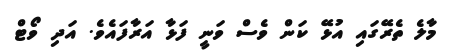
މާލެ ތެރޭގައި އުޅޭ ކަން ވެސް ވަނީ ފަޅާ އަރާފައެވެ. އަދި ވޯޓް